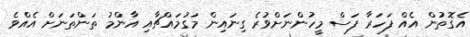
އެގޮތުން އެއް ފަހަރާ ފަސް މީހުންނަަށްވުރެ ގިނައިން މަގުމައްޗާއި އާންމު ތަންތަނަށް އެއްވެ